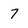
Character: 7